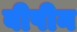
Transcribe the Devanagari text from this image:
बीपीन